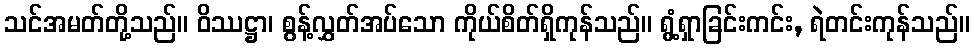
သင်အမတ်တို့သည်။ ဝိဿဋ္ဌာ၊ စွန့်လွှတ်အပ်သော ကိုယ်စိတ်ရှိကုန်သည်။ ရွံ့ရှာခြင်းကင်း, ရဲတင်းကုန်သည်။